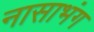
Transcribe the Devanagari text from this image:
नासाभंग